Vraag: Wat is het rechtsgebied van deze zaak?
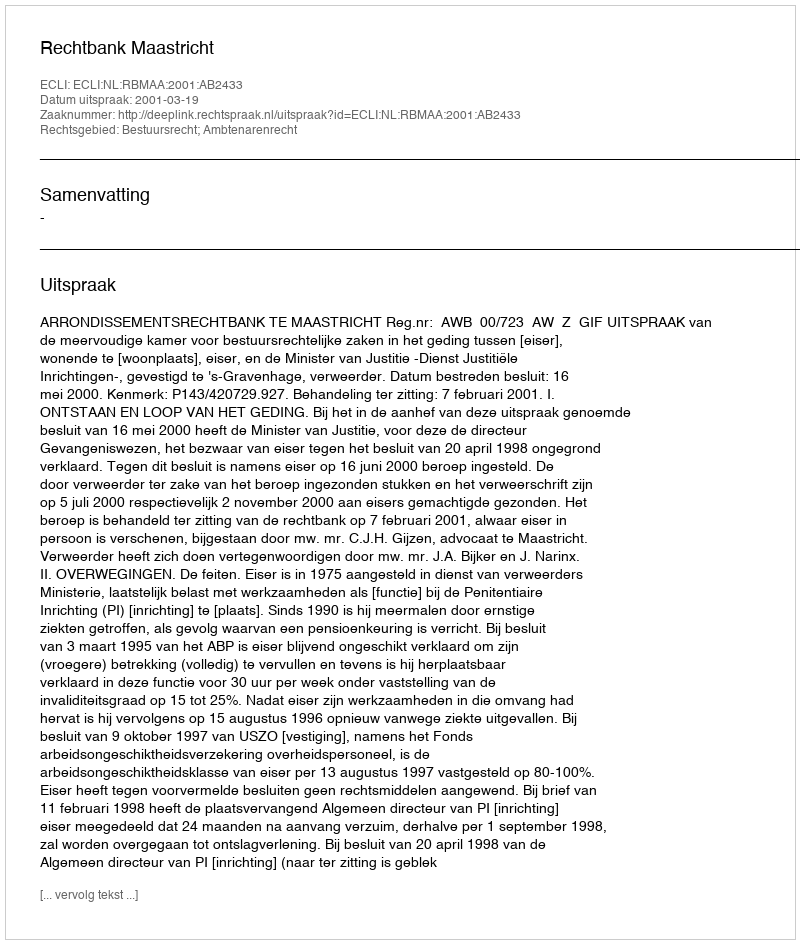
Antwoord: Bestuursrecht; Ambtenarenrecht